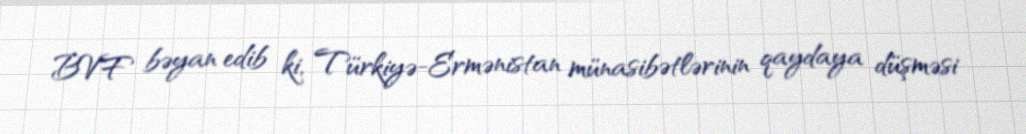
BVF bəyan edib ki, Türkiyə-Ermənistan münasibətlərinin qaydaya düşməsi